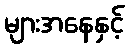
များအနေနှင့်